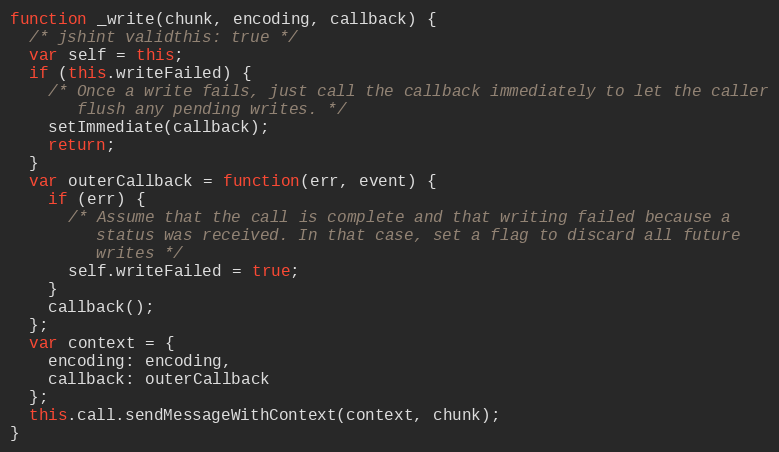
Language: JavaScript
function _write(chunk, encoding, callback) {
  /* jshint validthis: true */
  var self = this;
  if (this.writeFailed) {
    /* Once a write fails, just call the callback immediately to let the caller
       flush any pending writes. */
    setImmediate(callback);
    return;
  }
  var outerCallback = function(err, event) {
    if (err) {
      /* Assume that the call is complete and that writing failed because a
         status was received. In that case, set a flag to discard all future
         writes */
      self.writeFailed = true;
    }
    callback();
  };
  var context = {
    encoding: encoding,
    callback: outerCallback
  };
  this.call.sendMessageWithContext(context, chunk);
}